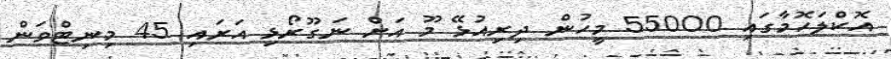
އޮކްލަހޮމާގައި 55000 މީހުން ދިރިއުޅޭ މޫ އަށް ނަގޫރޯޅި އަރައި 45 މިނިޓްވަން